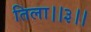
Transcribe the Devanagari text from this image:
तिला।।३।।